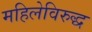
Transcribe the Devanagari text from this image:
महिलेविरुद्ध